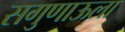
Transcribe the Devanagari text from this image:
सगुणाऊला